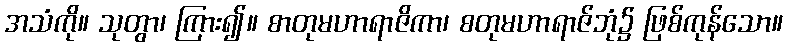
အသံကို။ သုတွာ၊ ကြား၍။ စာတုမဟာရာဇိကာ၊ စတုမဟာရာဇ်ဘုံ၌ ဖြစ်ကုန်သော။